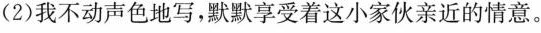
(2)我不动声色地写，默默享受着这小家伙亲近的情意。